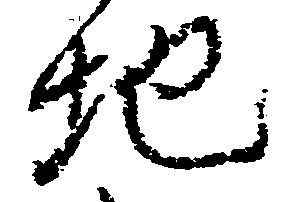
地